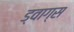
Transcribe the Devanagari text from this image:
ड्वाग्स